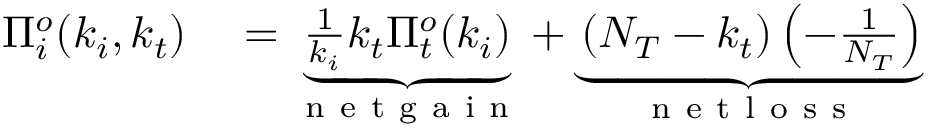
\begin{array} { r l } { \Pi _ { i } ^ { o } ( k _ { i } , k _ { t } ) } & { { } = \underbrace { \frac { 1 } { k _ { i } } k _ { t } \Pi _ { t } ^ { o } ( k _ { i } ) } _ { \mathrm { ~ n ~ e ~ t ~ g ~ a ~ i ~ n ~ } } + \underbrace { \left( N _ { T } - k _ { t } \right) \left( - \frac { 1 } { N _ { T } } \right) } _ { \mathrm { ~ n ~ e ~ t ~ l ~ o ~ s ~ s ~ } } } \end{array}